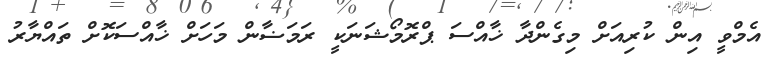
އެމްވީ އިން ކުރިއަށް މިގެންދާ ޚާއްސަ ޕްރޮމޯޝަނަކީ ރަމަޟާން މަހަށް ޚާއްސަކޮށް ތައްޔާރު